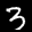
Label: 3